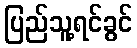
ပြည်သူ့ရင်ခွင်